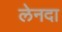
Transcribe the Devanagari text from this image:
लेनदा